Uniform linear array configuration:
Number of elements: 8
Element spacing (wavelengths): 0.75
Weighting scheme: kaiser
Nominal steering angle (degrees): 60
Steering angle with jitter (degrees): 60.05
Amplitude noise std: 0.05
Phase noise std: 0.05

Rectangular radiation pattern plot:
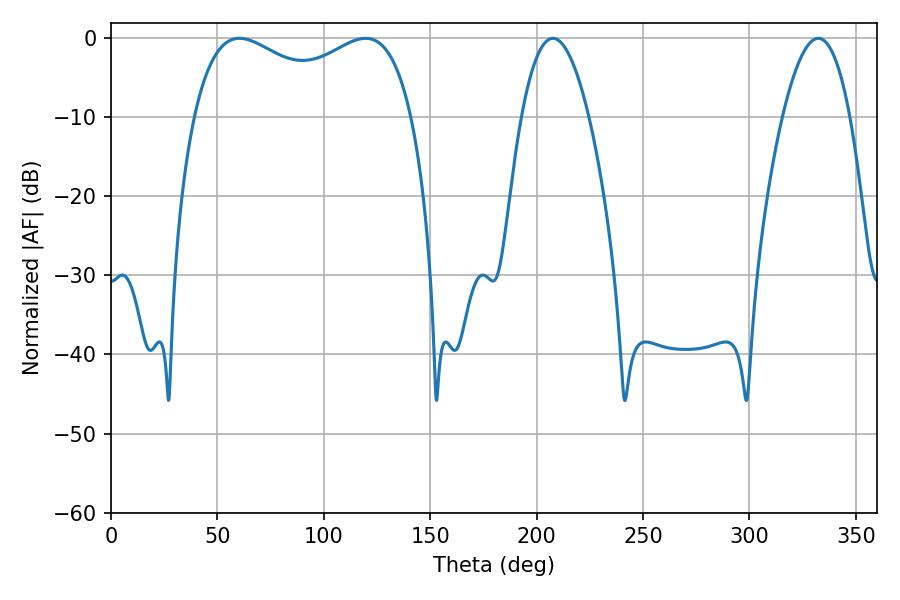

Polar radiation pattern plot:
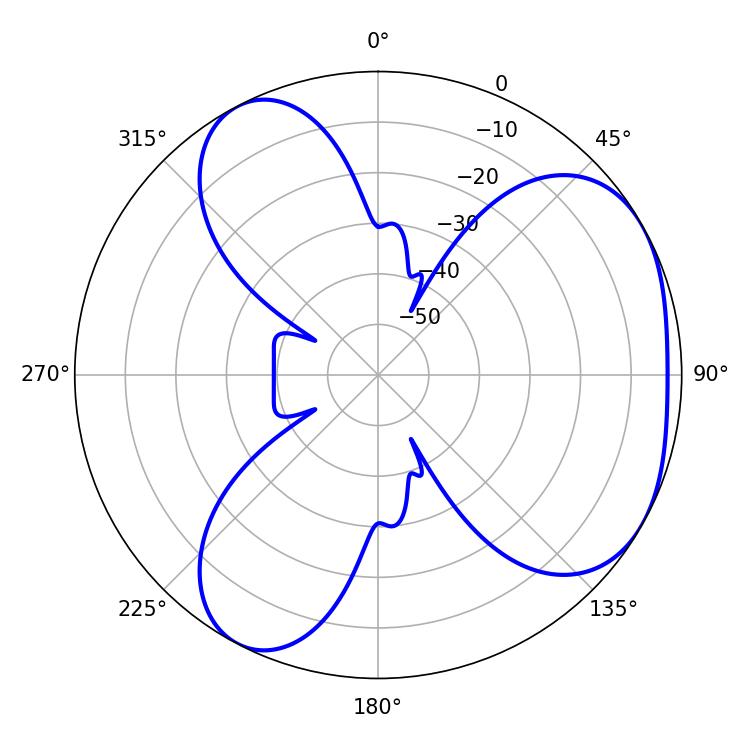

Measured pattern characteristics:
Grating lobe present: TRUE
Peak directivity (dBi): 4.111
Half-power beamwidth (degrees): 85.32
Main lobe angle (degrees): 60.3